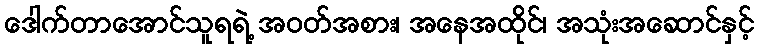
ဒေါက်တာအောင်သူရရဲ့ အဝတ်အစား၊ အနေအထိုင်၊ အသုံးအဆောင်နှင့်